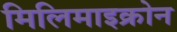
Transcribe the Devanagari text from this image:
मिलिमाइक्रोन